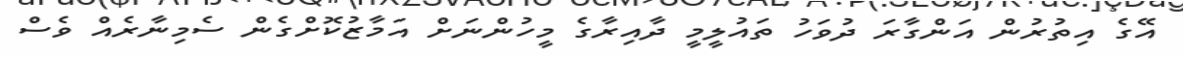
އޭގެ އިތުރުން އަންގާރަ ދުވަހު ތައުލީމީ ދާއިރާގެ މީހުންނަށް އަމާޒުކޮށްގެން ސެމިނާރެއް ވެސް